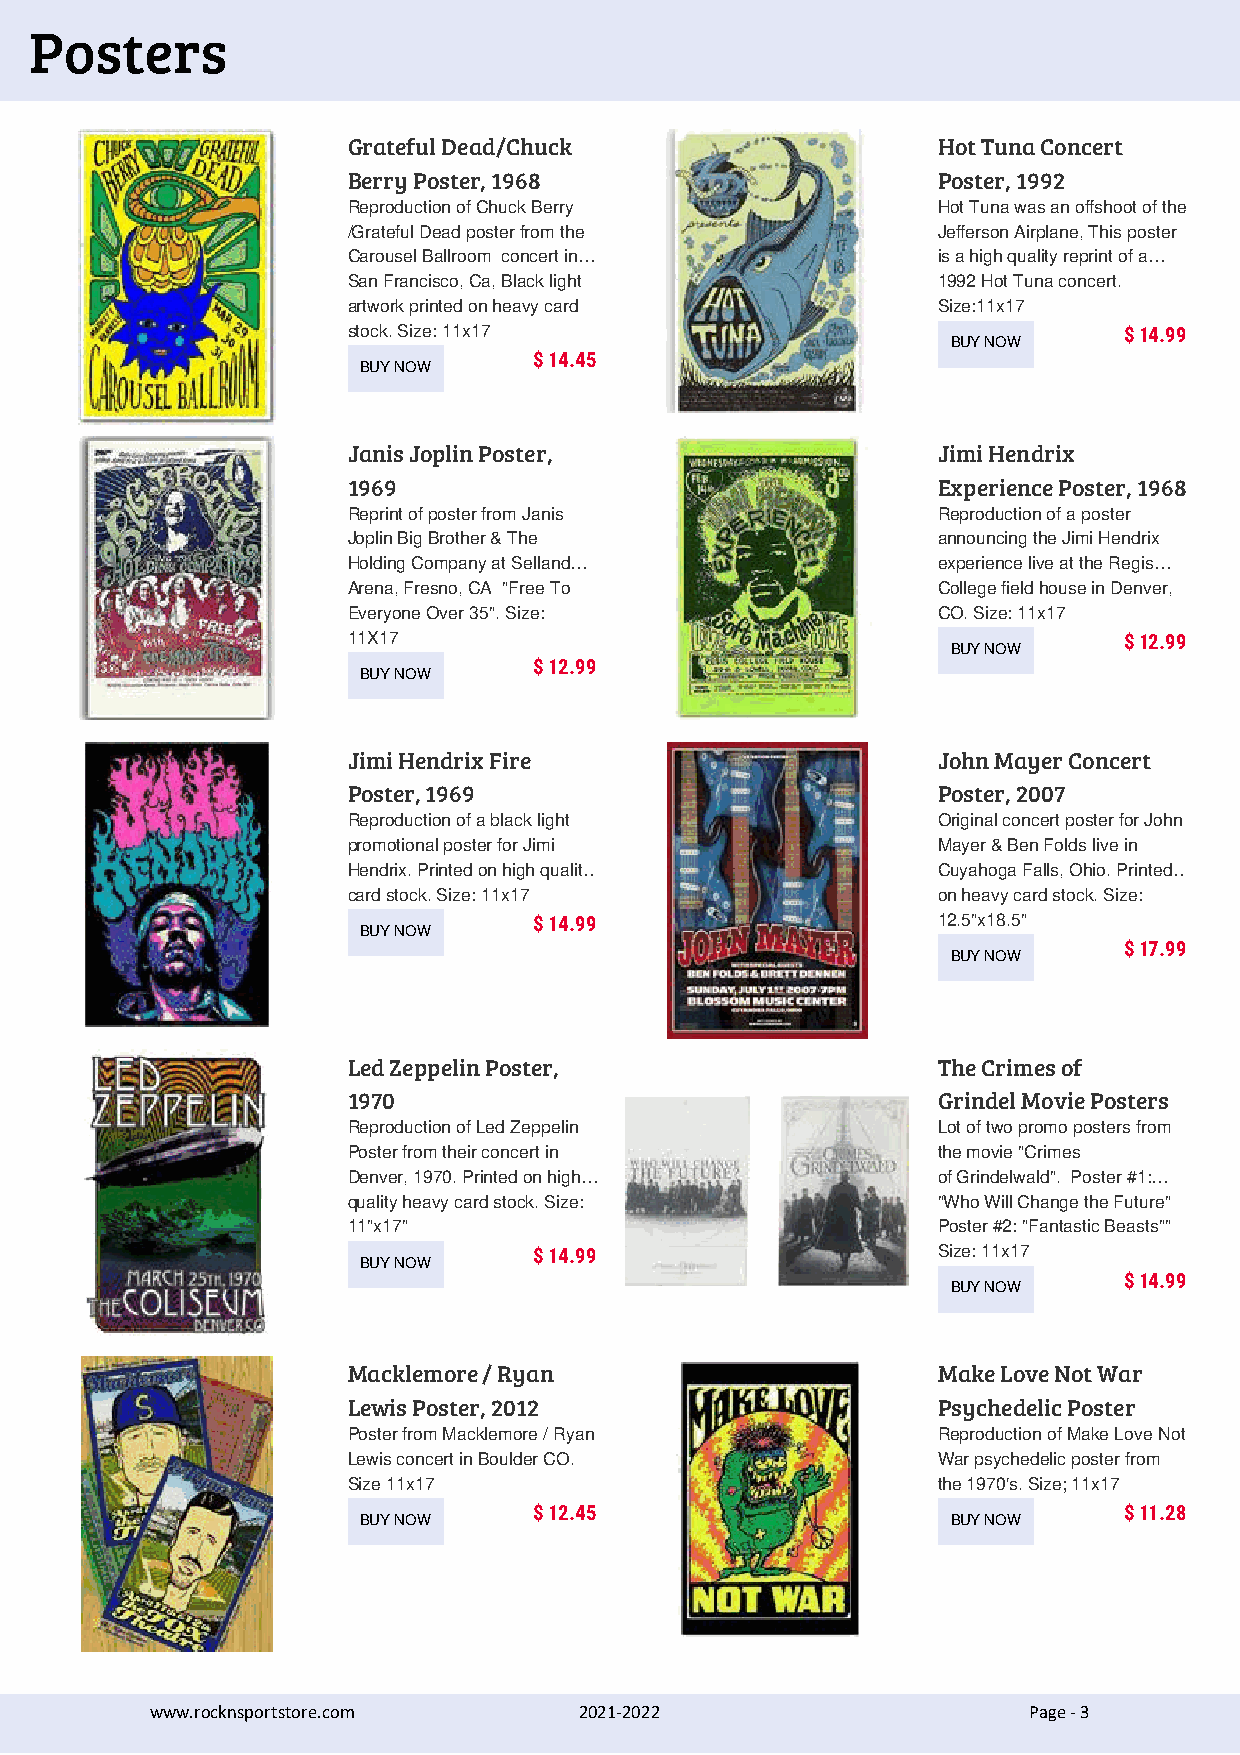
Posters
 Grateful Dead/Chuck                    Hot Tuna Concert
 Berry Poster, 1968                     Poster, 1992
 Reproduction of Chuck Berry            Hot Tuna was an offshoot of the
 /Grateful Dead poster from the         Jefferson Airplane, This poster
 Carousel Ballroom concert in…          is a high quality reprint of a…
 San Francisco, Ca, Black light         1992 Hot Tuna concert.
 artwork printed on heavy card          Size:11x17
 stock. Size: 11x17                                 $ 14.99
 BUY NOW
 $ 14.45
 BUY NOW
 Janis Joplin Poster,                   Jimi Hendrix
 1969                                   Experience Poster, 1968
 Reprint of poster from Janis           Reproduction of a poster
 Joplin Big Brother & The               announcing the Jimi Hendrix
 Holding Company at Selland…            experience live at the Regis…
 Arena, Fresno, CA "Free To             College field house in Denver,
 Everyone Over 35". Size:               CO. Size: 11x17
 11X17                                              $ 12.99
 BUY NOW
 $ 12.99
 BUY NOW
 Jimi Hendrix Fire                      John Mayer Concert
 Poster, 1969                           Poster, 2007
 Reproduction of a black light          Original concert poster for John
 promotional poster for Jimi            Mayer & Ben Folds live in
 Hendrix. Printed on high qualit…       Cuyahoga Falls, Ohio. Printed…
 card stock. Size: 11x17                on heavy card stock. Size:
 $ 14.99                    12.5"x18.5"
 BUY NOW
 $ 17.99
 BUY NOW
 Led Zeppelin Poster,                   The Crimes of
 1970                                   Grindel Movie Posters
 Reproduction of Led Zeppelin           Lot of two promo posters from
 Poster from their concert in           the movie "Crimes
 Denver, 1970. Printed on high…         of Grindelwald". Poster #1:…
 quality heavy card stock. Size:        "Who Will Change the Future"
 11"x17"                                Poster #2: "Fantastic Beasts""
 $ 14.99                    Size: 11x17
 BUY NOW
 $ 14.99
 BUY NOW
 Macklemore / Ryan                      Make Love Not War
 Lewis Poster, 2012                     Psychedelic Poster
 Poster from Macklemore / Ryan          Reproduction of Make Love Not
 Lewis concert in Boulder CO.           War psychedelic poster from
 Size 11x17                             the 1970's. Size; 11x17
 $ 12.45                                $ 11.28
 BUY NOW                                BUY NOW
 www.rocknsportstore.com     2021-2022                     Page - 3